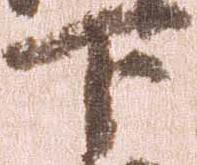
下